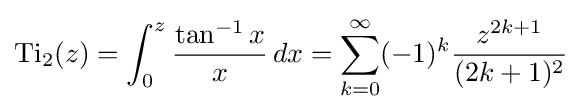
\operatorname {Ti} _{2}(z)=\int _{0}^{z}{\frac {\tan ^{-1}x}{x}}\,dx=\sum _{k=0}^{\infty }(-1)^{k}{\frac {z^{2k+1}}{(2k+1)^{2}}}